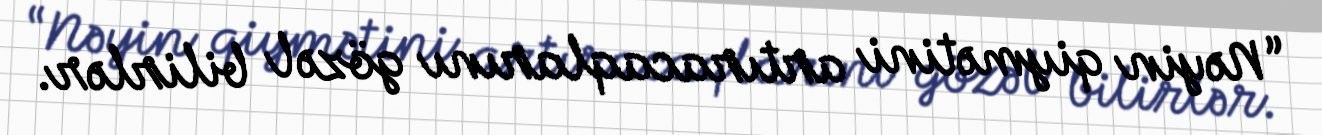
“Nəyin qiymətini artıracaqlarını gözəl bilirlər.